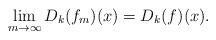
LaTeX: \begin{align*}\lim_{m\to \infty} D_k(f_m)(x)=D_k(f)(x).\end{align*}